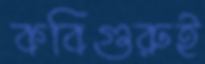
কবিগুরুই